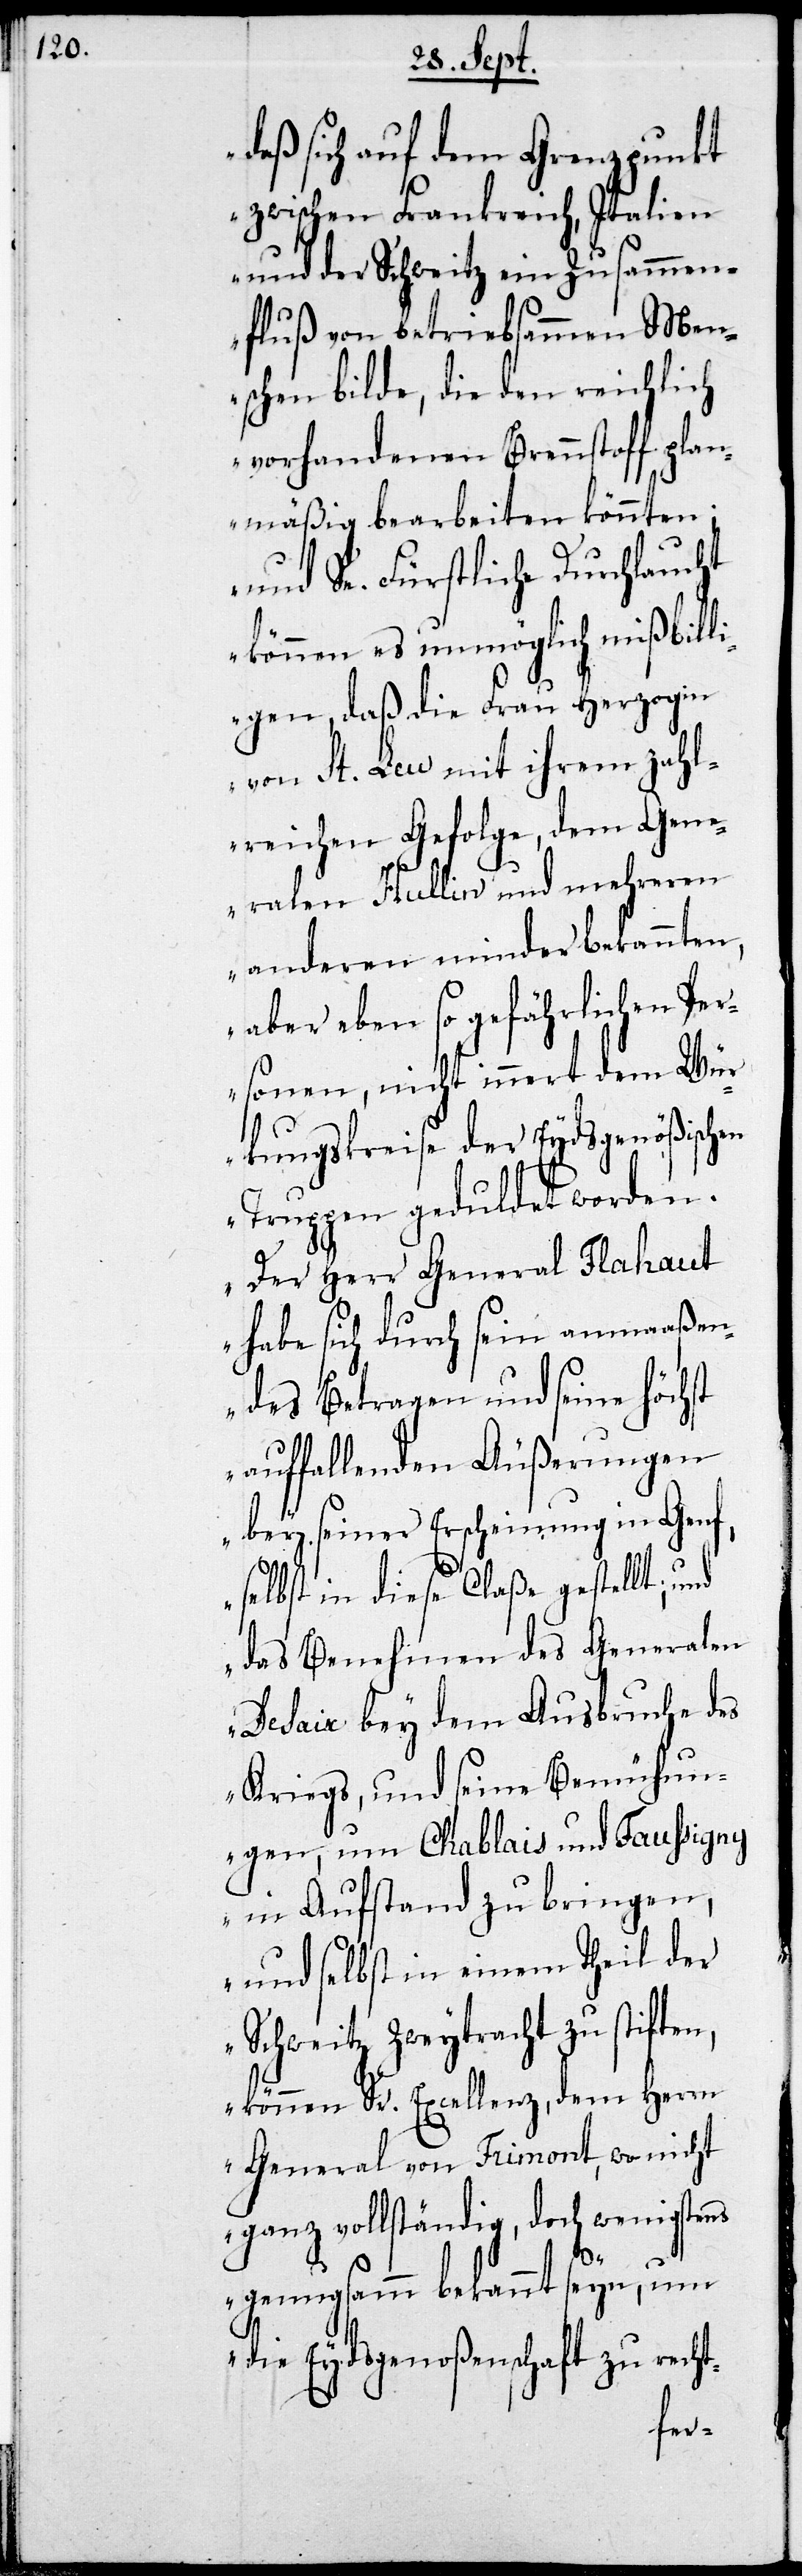
daß sich auf dem Grenzpunkt
zwischen Frankreich, Italien
und der Schweitz ein Zusammen¬
fluß von betriebsammen Men¬
schen bilde, die den reichlich
vorhandenen Brennstoff plan¬
mäßig bearbeiten könnten;
und Sr. Fürstliche Durchlaucht
können es unmöglich mißbill¬
igen, daß die Frau Herzogin
von St. Leu mit ihrem zahl¬
reichen Gefolge, dem Gene¬
ralen Hullin und mehreren
andern minder bekannten,
aber eben so gefährlichen Per¬
sonen, nicht innert dem Wir¬
kungskreise der Eydsgenößischen
uchtlos angegangen worden
Der Herr General Flahaut
habe sich durch sein anmaßen¬
des Betragen und seine höchst
auffallenden Äußerungen
bey seiner Erscheinung in Genf
selbst in diese Claße gestellt, und
das Benehmen des Generalen
Desaix bey dem Ausbruche des
Kriegs, und seine Bemühun¬
gen, um Chablais und Faussigny
in Aufstand zu bringen,
und selbst in einem Theil der
Schweitz Zweytracht zu stiften,
können Sr. Excellenz, dem Herrn
General von Frimont, wo nicht
ganz vollständig, doch wenigstens
genugsamm bekannt seyn, um
die Eydsgenoßenschaft zu recht-
fr¬